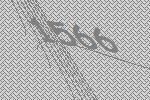
1566